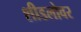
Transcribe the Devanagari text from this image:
शीडलोवर